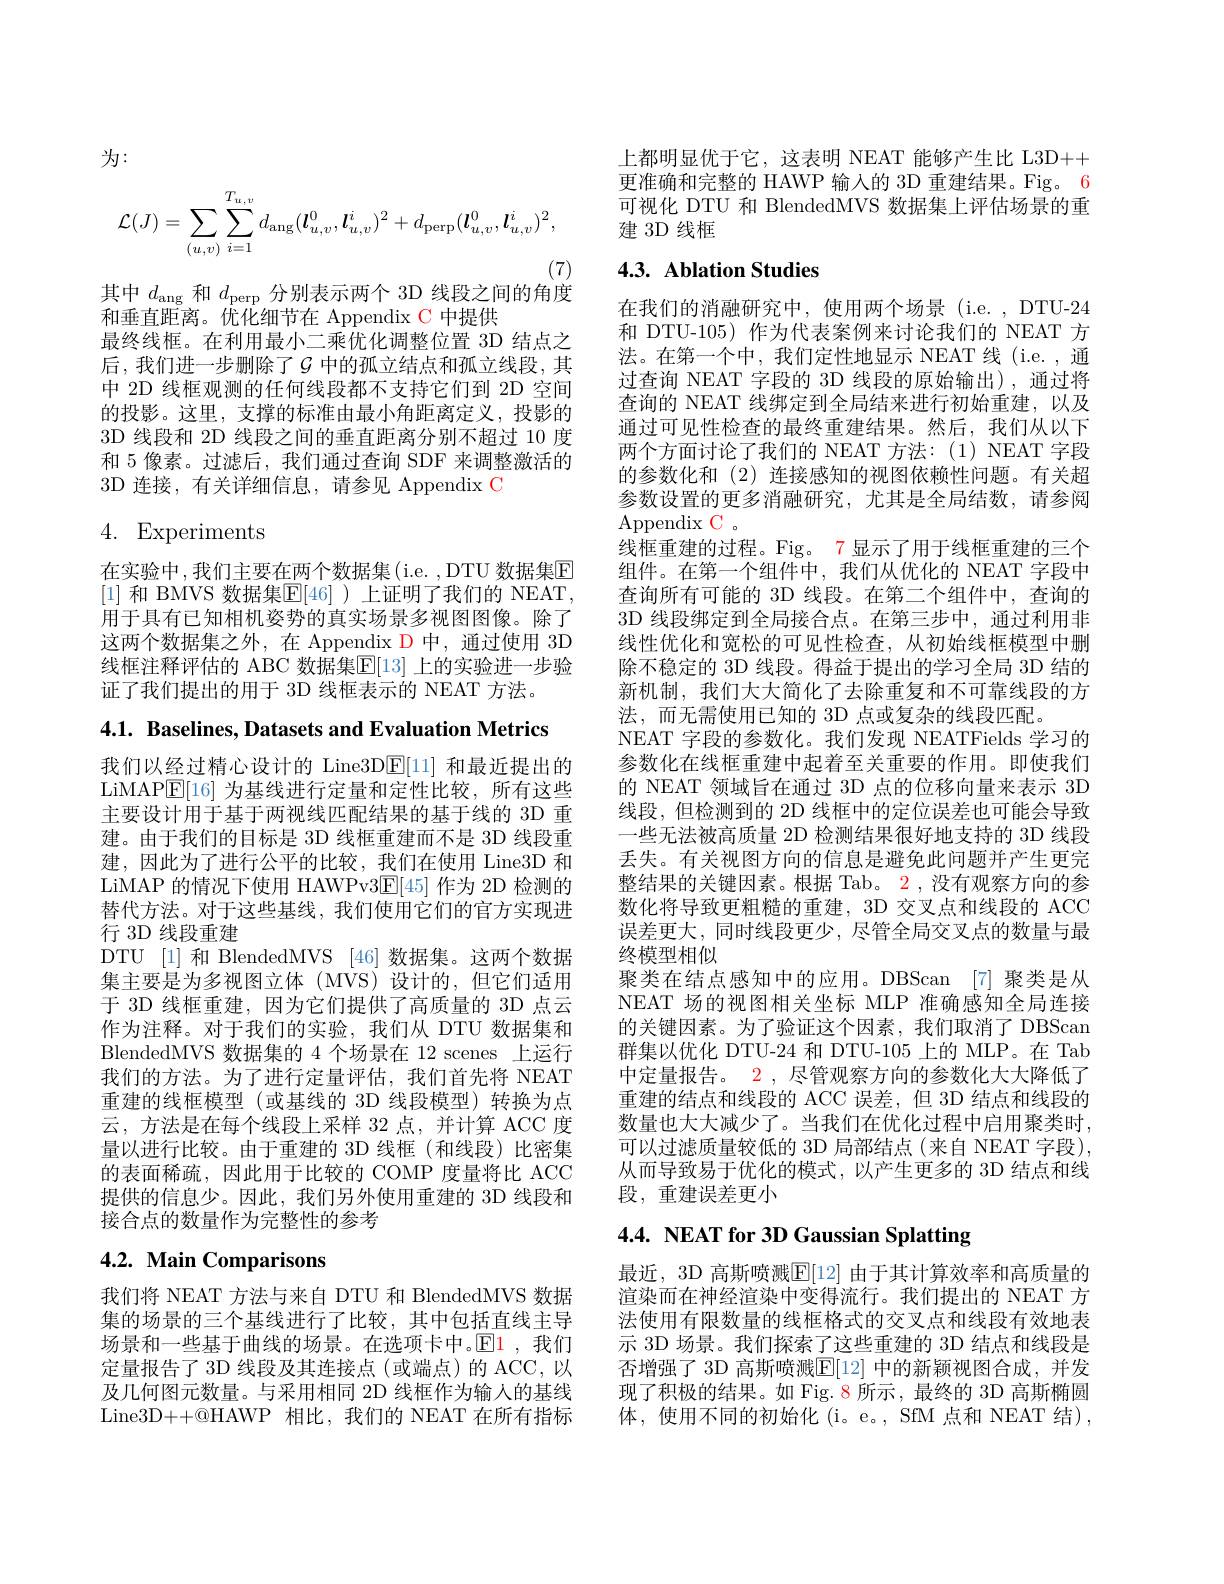
为：
$$\mathcal{L}(J)=\sum_{(u,v)}\sum_{i=1}^{T_{u,v}}d_{\mathrm{ang}}(\boldsymbol{l}_{u,v}^0,\boldsymbol{l}_{u,v}^i)^2+d_{\mathrm{perp}}(\boldsymbol{l}_{u,v}^0,\boldsymbol{l}_{u,v}^i)^2,$$
(7)

其中$d_\mathrm{ang}$和$d_\mathrm{perp}$分别表示两个 3D 线段之间的角度

和垂直距离。优化细节在 Appendix C 中提供
最终线框。在利用最小二乘优化调整位置 3D 结点之后，我们进一步删除了$\mathcal{G}$ 中的孤立结点和孤立线段，其中 2D 线框观测的任何线段都不支持它们到 2D 空间的投影。这里，支撑的标准由最小角距离定义，投影的3D 线段和 2D 线段之间的垂直距离分别不超过 10 度和 5 像素。过滤后，我们通过查询 SDF 来调整激活的3D 连接，有关详细信息，请参见 Appendix C

4. Experiments

在实验中，我们主要在两个数据集(i.e. ,DTU 数据集$\mathbb{E}$ [1] 和 BMVS 数据集$\mathbb{E}[46]$ )上证明了我们的 NEAT, 用于具有已知相机姿势的真实场景多视图图像。除了这两个数据集之外，在 Appendix D 中，通过使用 3D 线框注释评估的 ABC 数据集$\overline{\mathbb{E}}[13]$ 上的实验进一步验证了我们提出的用于 3D 线框表示的 NEAT 方法。

$4. 1. \textbf{ Baselines, Datasets and Evaluation Metrics}$

我们以经过精心设计的 Line3D$\mathbb{E}[11]$和最近提出的LiMAP$\boxed{\mathrm{E}}[16]$为基线进行定量和定性比较，所有这些主要设计用于基于两视线匹配结果的基于线的 3D 重建。由于我们的目标是 3D 线框重建而不是 3D 线段重建，因此为了进行公平的比较，我们在使用 Line3D 和LiMAP 的情况下使用 HAWPv3E[45]作为 2D 检测的替代方法。对于这些基线，我们使用它们的官方实现进行 3D 线段重建
DTU [1] 和 BlendedMVS [46] 数据集。这两个数据集主要是为多视图立体(MVS)设计的，但它们适用于 3D 线框重建，因为它们提供了高质量的 3D 点云作为注释。对于我们的实验，我们从 DTU 数据集和BlendedMVS 数据集的 4 个场景在 12 scenes 上运行我们的方法。为了进行定量评估，我们首先将 NEAT 重建的线框模型(或基线的 3D 线段模型)转换为点云，方法是在每个线段上采样 32 点，并计算 ACC 度量以进行比较。由于重建的 3D 线框(和线段)比密集的表面稀疏，因此用于比较的 COMP 度量将比 ACC 提供的信息少。因此，我们另外使用重建的 3D 线段和接合点的数量作为完整性的参考

# 4.2. Main Comparisons

我们将 NEAT 方法与来自 DTU 和 BlendedMVS 数据集的场景的三个基线进行了比较，其中包括直线主导场景和一些基于曲线的场景。在选项卡中。$\color{red}{\boxed{\mathrm{E}}}\color{blue}{1}$,我们定量报告了 3D 线段及其连接点(或端点)的 ACC,以及几何图元数量。与采用相同 2D 线框作为输入的基线Line3D++@HAWP 相比，我们的 NEAT 在所有指标

上都明显优于它，这表明 NEAT 能够产生比 L3D++ 更准确和完整的 HAWP 输入的 3D 重建结果。Fig。6可视化 DTU 和 BlendedMVS 数据集上评估场景的重建 3D 线框

## 4.3. Ablation Studies

在我们的消融研究中，使用两个场景(i.e.,DTU-24和 DTU-105)作为代表案例来讨论我们的 NEAT 方法。在第一个中，我们定性地显示 NEAT 线 (i.e. ,通过查询 NEAT 字段的 3D 线段的原始输出),通过将查询的 NEAT 线绑定到全局结来进行初始重建，以及通过可见性检查的最终重建结果。然后，我们从以下两个方面讨论了我们的 NEAT 方法：(1) NEAT 字段的参数化和(2)连接感知的视图依赖性问题。有关超参数设置的更多消融研究，尤其是全局结数，请参阅Appendix C .
线框重建的过程。Fig。7 显示了用于线框重建的三个组件。在第一个组件中，我们从优化的 NEAT 字段中查询所有可能的 3D 线段。在第二个组件中，查询的3D 线段绑定到全局接合点。在第三步中，通过利用非线性优化和宽松的可见性检查，从初始线框模型中删除不稳定的 3D 线段。得益于提出的学习全局 3D 结的新机制，我们大大简化了去除重复和不可靠线段的方法，而无需使用已知的 3D 点或复杂的线段匹配。
NEAT 字段的参数化。我们发现 NEATFields 学习的参数化在线框重建中起着至关重要的作用。即使我们的 NEAT 领域旨在通过 3D 点的位移向量来表示 3D 线段，但检测到的 2D 线框中的定位误差也可能会导致一些无法被高质量 2D 检测结果很好地支持的 3D 线段丢失。有关视图方向的信息是避免此问题并产生更完整结果的关键因素。根据 Tab。2,没有观察方向的参数化将导致更粗糙的重建，3D 交叉点和线段的 ACC 误差更大，同时线段更少，尽管全局交叉点的数量与最终模型相似
聚类在结点感知中的应用。DBScan [7] 聚类是从NEAT 场的视图相关坐标 MLP 准确感知全局连接的关键因素。为了验证这个因素，我们取消了 DBScan 群集以优化 DTU-24 和 DTU-105 上的 MLP。在 Tab 中定量报告。2 , 尽管观察方向的参数化大大降低了重建的结点和线段的 ACC 误差，但 3D 结点和线段的数量也大大减少了。当我们在优化过程中启用聚类时， 可以过滤质量较低的 3D 局部结点(来自 NEAT 字段), 从而导致易于优化的模式，以产生更多的 3D 结点和线段，重建误差更小

# $4. 4. \textbf{ NEAT for 3D Gaussian Splatting}$

最近，3D 高斯喷溅$\mathbb{E}[12]$ 由于其计算效率和高质量的渲染而在神经渲染中变得流行。我们提出的 NEAT 方法使用有限数量的线框格式的交叉点和线段有效地表示 3D 场景。我们探索了这些重建的 3D 结点和线段是否增强了 3D 高斯喷溅E[12] 中的新颖视图合成，并发现了积极的结果。如 Fig. 8 所示，最终的 3D 高斯椭圆体，使用不同的初始化(i。e。,SfM 点和 NEAT 结),